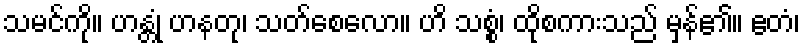
သမင်ကို။ ဟန္တုံ ဟနတု၊ သတ်စေလော။ ဟိ သစ္စံ၊ ထိုစကားသည် မှန်၏။ ဧတံ၊